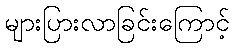
များပြားလာခြင်းကြောင့်